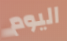
اليوم